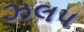
ઝલપ